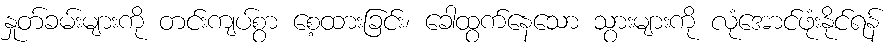
နှုတ်ခမ်းများကို တင်းကျပ်စွာ စေ့ထားခြင်း၊ ခေါထွက်နေသော သွားများကို လုံအောင်ဖုံးနိုင်ရန်